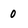
Character: 0